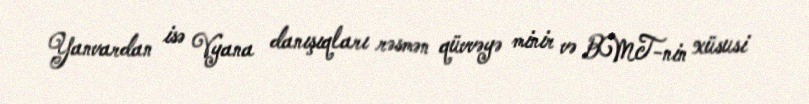
Yanvardan isə Vyana danışıqları rəsmən qüvvəyə minir və BMT-nin xüsusi